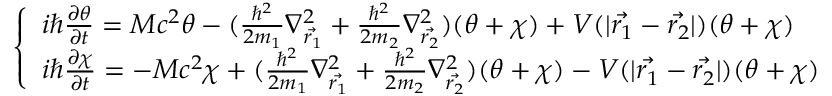
\left\{ \begin{array} { l } { { i \hbar \frac { \partial \theta } { \partial t } = M c ^ { 2 } \theta - ( \frac { \hbar ^ { 2 } } { 2 m _ { 1 } } \nabla _ { \vec { r _ { 1 } } } ^ { 2 } + \frac { \hbar ^ { 2 } } { 2 m _ { 2 } } \nabla _ { \vec { r _ { 2 } } } ^ { 2 } ) ( \theta + \chi ) + V ( | \vec { r _ { 1 } } - \vec { r _ { 2 } } | ) ( \theta + \chi ) } } \\ { { i \hbar \frac { \partial \chi } { \partial t } = - M c ^ { 2 } \chi + ( \frac { \hbar ^ { 2 } } { 2 m _ { 1 } } \nabla _ { \vec { r _ { 1 } } } ^ { 2 } + \frac { \hbar ^ { 2 } } { 2 m _ { 2 } } \nabla _ { \vec { r _ { 2 } } } ^ { 2 } ) ( \theta + \chi ) - V ( | \vec { r _ { 1 } } - \vec { r _ { 2 } } | ) ( \theta + \chi ) } } \end{array} \right.